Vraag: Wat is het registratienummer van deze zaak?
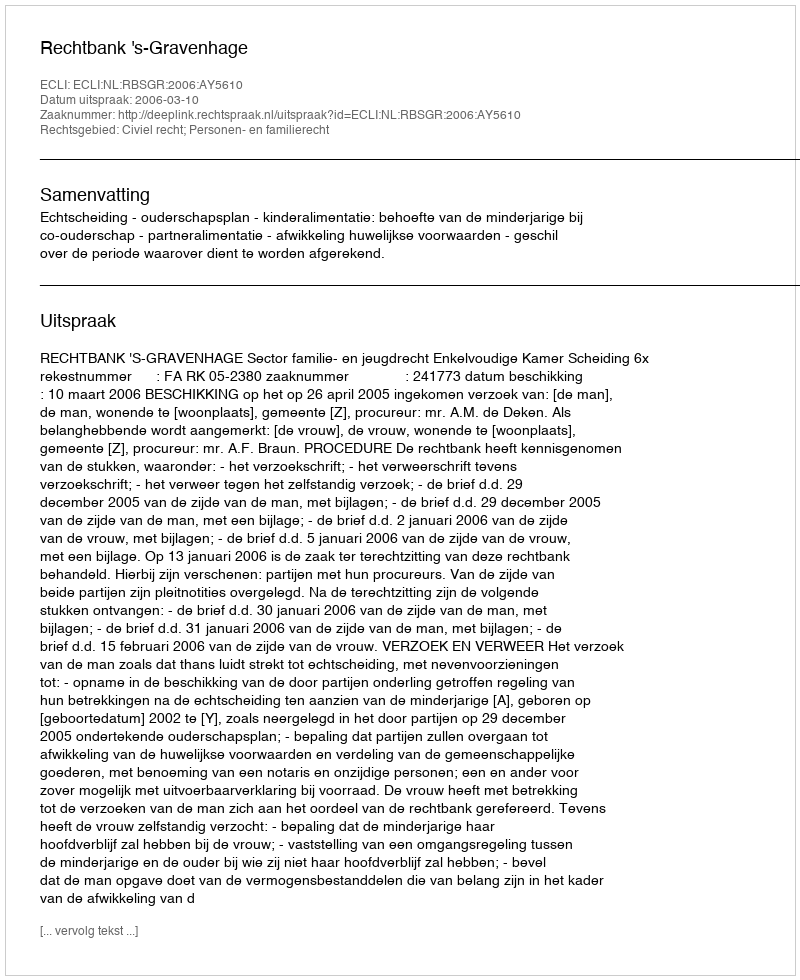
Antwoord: http://deeplink.rechtspraak.nl/uitspraak?id=ECLI:NL:RBSGR:2006:AY5610